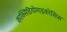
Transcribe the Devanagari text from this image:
काक्सिडियोमाइकोसिस